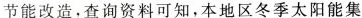
节能改造，查询资料可知，本地区冬季太阳能集